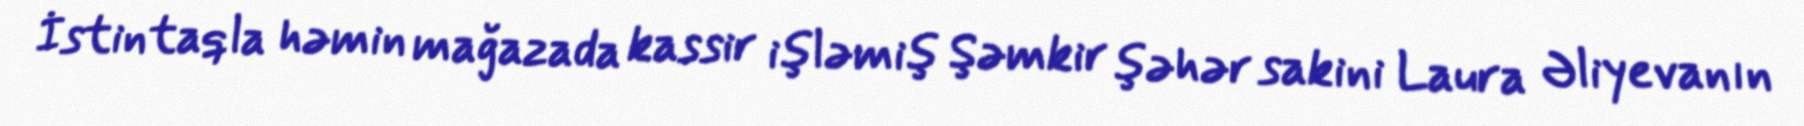
İstintaqla həmin mağazada kassir işləmiş Şəmkir şəhər sakini Laura Əliyevanın